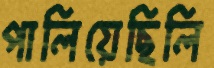
পালিয়েছিলি